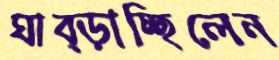
ঘাব্‌ড়াচ্ছিলেন